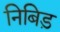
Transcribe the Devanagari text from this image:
निबिड़